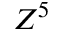
Z ^ { 5 }